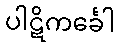
ပါဋိကင်္ခေါ